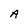
Character: A